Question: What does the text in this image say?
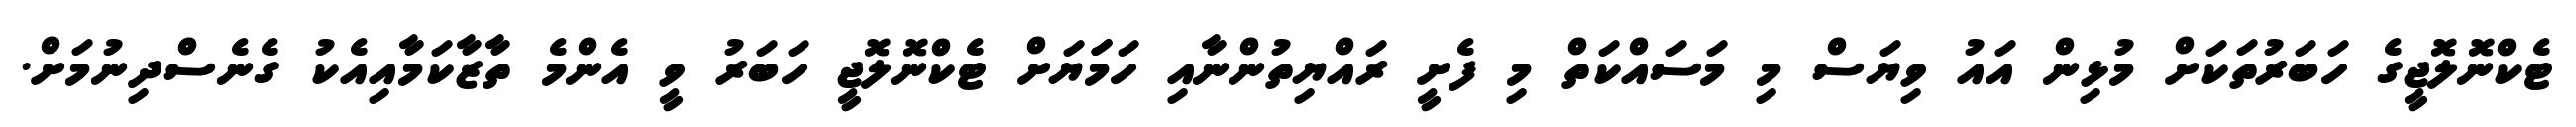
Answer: ޓެކްނޮލޮޖީގެ ހަބަރުތަކަށް މުޅިން އައު ވިޔަސް މި މަސައްކަތް މި ފެށީ ރައްޔިތުންނާއި ހަމަަޔަށް ޓެކްނޮލޮޖީ ހަބަރު ވީ އެންމެ ތާޒާކަމާއިއެކު ގެނެސްދިނުމަށް.